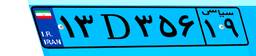
۱۳D۳۵۶۱۹